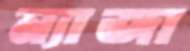
ন্যাজা